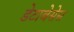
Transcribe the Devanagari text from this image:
डेटाबेसेस